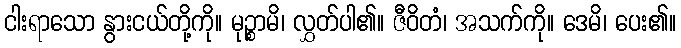
ငါးရာသော နွားငယ်တို့ကို။ မုဉ္စာမိ၊ လွှတ်ပါ၏။ ဇီဝိတံ၊ အသက်ကို။ ဒေမိ၊ ပေး၏။